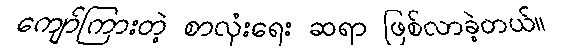
ကျော်ကြားတဲ့ စာလုံးရေး ဆရာ ဖြစ်လာခဲ့တယ်။